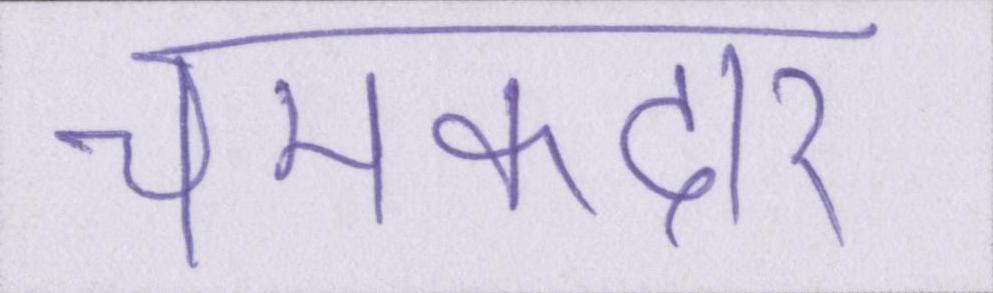
चमकदार